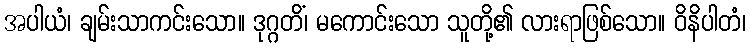
အပါယံ၊ ချမ်းသာကင်းသော။ ဒုဂ္ဂတိံ၊ မကောင်းသော သူတို့၏ လားရာဖြစ်သော။ ဝိနိပါတံ၊